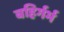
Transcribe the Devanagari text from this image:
बहिर्गर्भ